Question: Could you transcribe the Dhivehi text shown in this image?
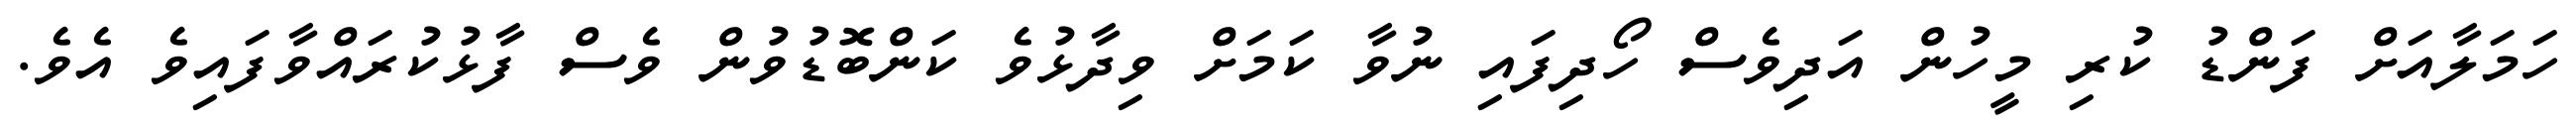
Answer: ހަމަލާއަށް ފަންޑު ކުރި މީހުން އަދިވެސް ހޯދިފައި ނުވާ ކަމަށް ވިދާޅުވެ ކަންބޮޑުވުން ވެސް ފާޅުކުރައްވާފައިވެ އެވެ.